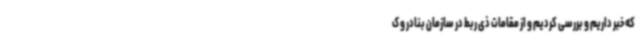
که خبر داریم و بررسی کردیم و از مقامات ذی ربط در سازمان بنادر و ک